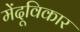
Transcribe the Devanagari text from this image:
मेंदूविकार